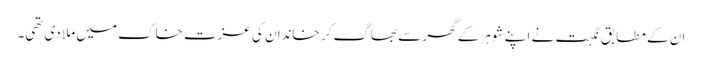
ان کے مطابق نگہت نے اپنے شوہر کے گھر سے بھاگ کر خاندان کی عزت خاک میں ملا دی تھی۔